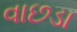
વાછડા